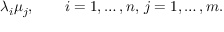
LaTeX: \lambda _ { i } \mu _ { j } , \qquad i = 1 , \ldots , n , \, j = 1 , \ldots , m .